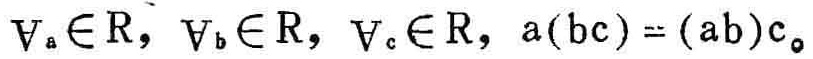
\(\forall_{a} \in \mathbb{R}, \forall_{b} \in \mathbb{R}, \forall_{c} \in \mathbb{R}, a(bc) = (ab)c\)